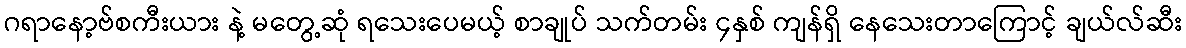
ဂရာနော့ဗ်စကီးယား နဲ့ မတွေ့ဆုံ ရသေးပေမယ့် စာချုပ် သက်တမ်း ၄နှစ် ကျန်ရှိ နေသေးတာကြောင့် ချယ်လ်ဆီး